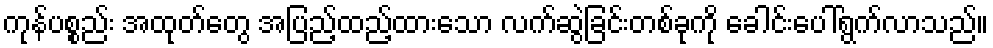
ကုန်ပစ္စည်း အထုတ်တွေ အပြည့်ထည့်ထားသော လက်ဆွဲခြင်းတစ်ခုကို ခေါင်းပေါ်ရွက်လာသည်။